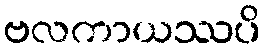
ဗလကာယဿပိ